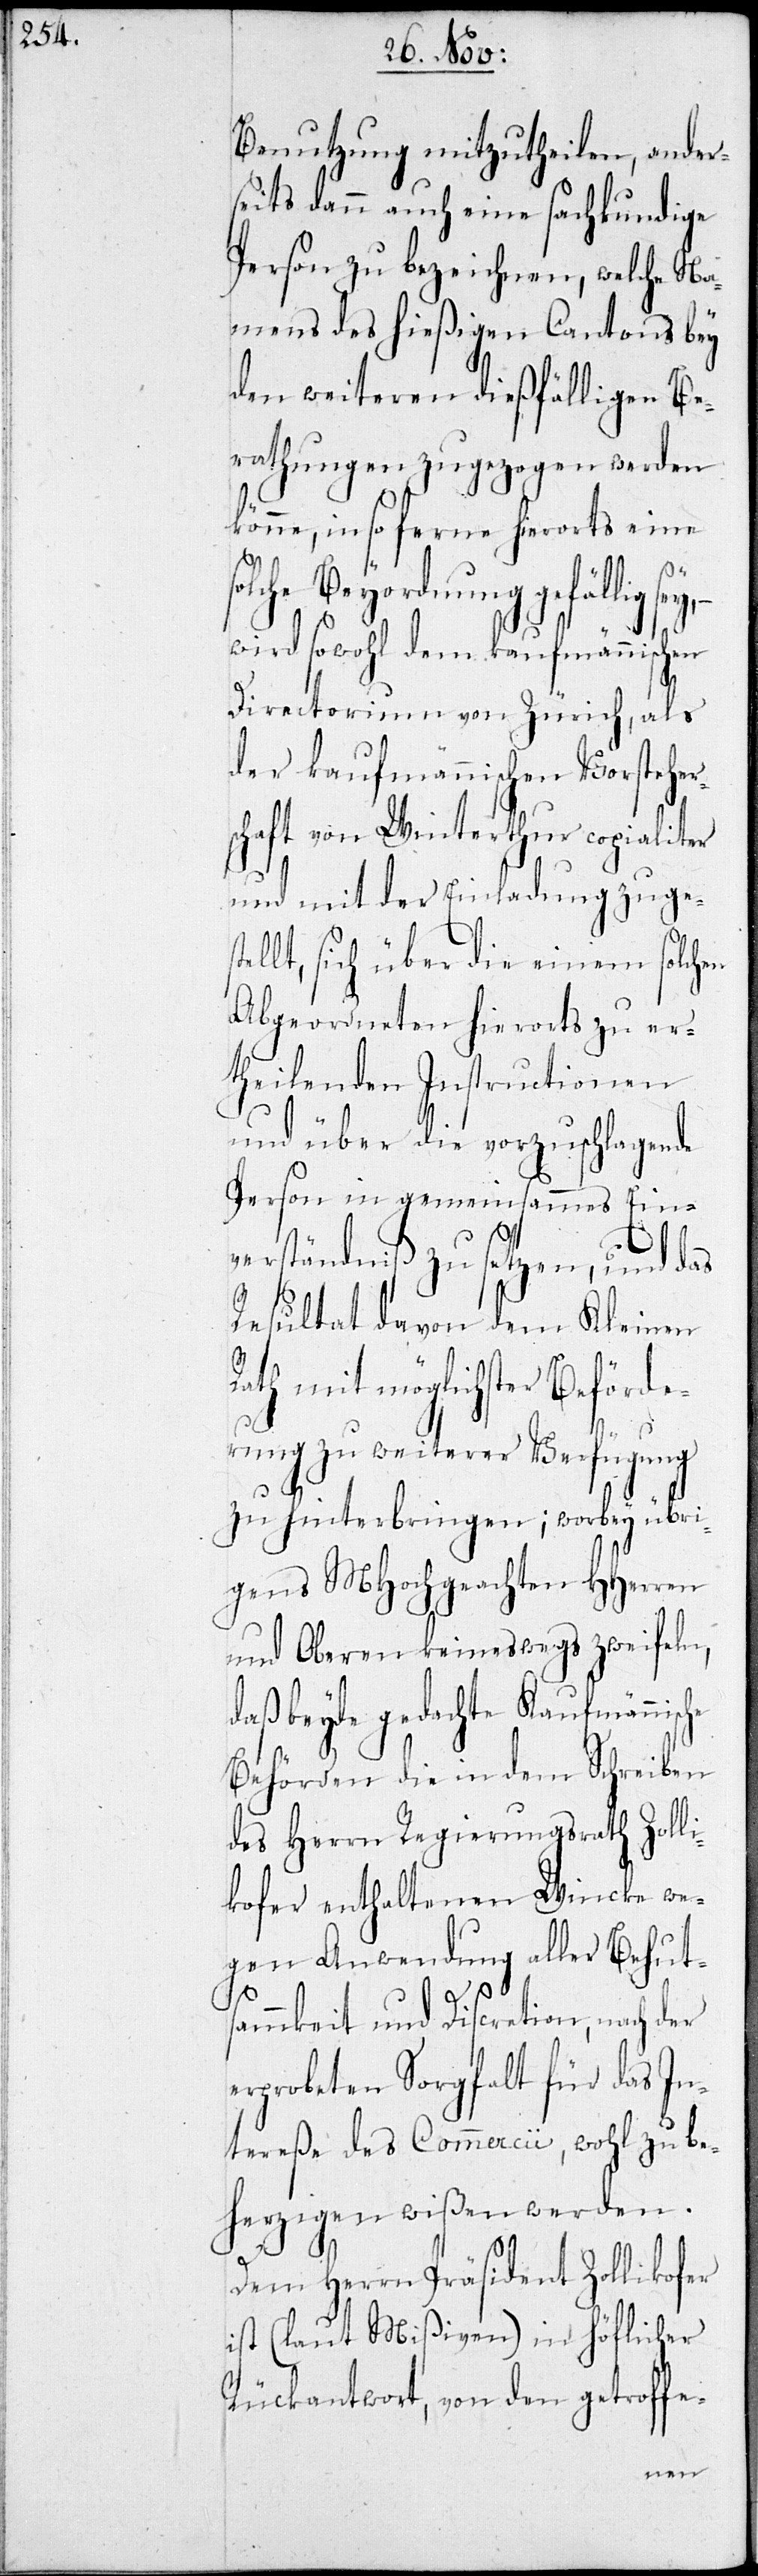
so¬

Benutzung mitzutheilen, ander¬
seits dann auch eine sachkundige
Person zu bezeichnen, welche Na¬
mens des hießigen Cantons bey
den weiteren dießfälligen Be¬
rathungen zugezogen werden
könne, in so ferne hierorts eine
lche Beyordnung gefällig
wird sowohl dem kaufmännischen
Directorium von Zürich, als
der kaufmännischen Vorsteher¬
schaft von Winterthur copialiter
und mit der Einladung zugest¬
ellt, sich über die einem solchen
Abgeordneten hierorts zu er¬
theilenden Instructionen
und über die vorzuschlagende
Person in gemeinsammes Ein¬
verständniß zu setzen, und das
Resultat davon dem Kleinen
Rath mit möglichster Beförde¬
rung zu weiterer Verfügung
zu hinterbringen; wobey übri¬
gens MHochgeachten HHerren
und Oberen keineswegs zweifeln,
daß beyde gedachte Kaufmännische
Behörden die in dem Schreiben
des Herrn Regierungsrath Zolli¬
kofer enthaltenen Wincke we¬
gen Anwendung aller Behut¬
sammkeit und Discretion, nach der
erprobeten Sorgfalt für das In¬
tereße des Comercii, wohl zu be¬
herzigen wißen werden.
Dem Herrn Präsident Zollikofer
ist (laut Mißiven) in höflicher
Rückantwort, von den getroffe-